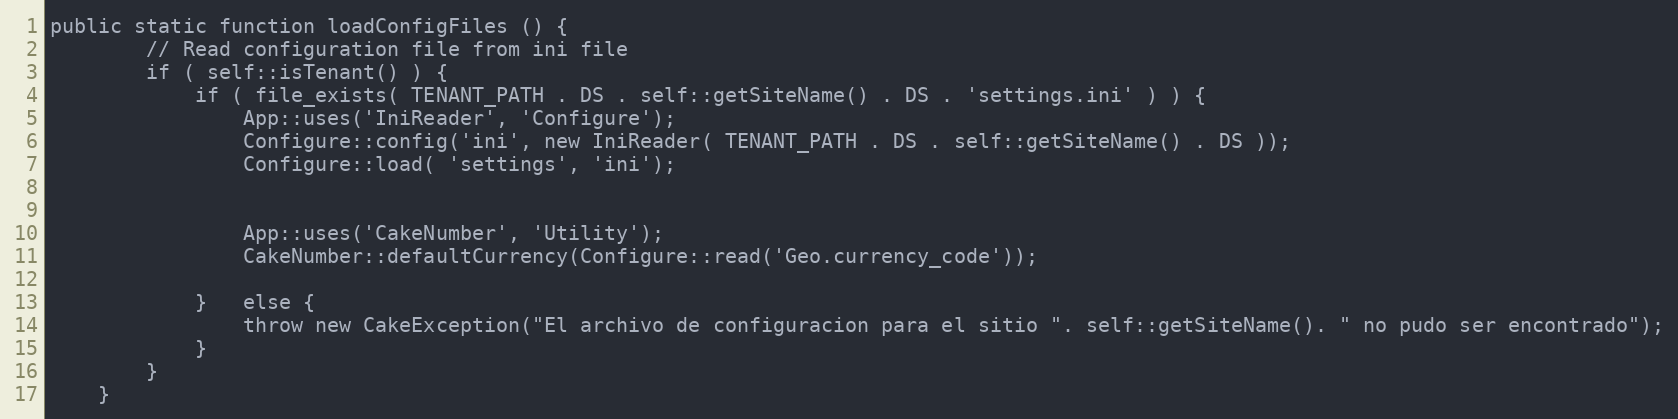
Language: PHP
public static function loadConfigFiles () {
		// Read configuration file from ini file
		if ( self::isTenant() ) {
			if ( file_exists( TENANT_PATH . DS . self::getSiteName() . DS . 'settings.ini' ) ) {
				App::uses('IniReader', 'Configure');
				Configure::config('ini', new IniReader( TENANT_PATH . DS . self::getSiteName() . DS ));
				Configure::load( 'settings', 'ini');

				App::uses('CakeNumber', 'Utility');
				CakeNumber::defaultCurrency(Configure::read('Geo.currency_code'));

			}	else {
				throw new CakeException("El archivo de configuracion para el sitio ". self::getSiteName(). " no pudo ser encontrado");
			}
		}
	}